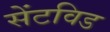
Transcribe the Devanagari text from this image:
सेंटविड